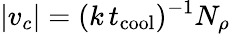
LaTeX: |v_{c}|=(k\, t_{\mathrm{cool}})^{-1}N_{\rho}